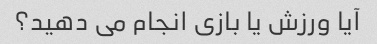
آیا ورزش یا بازی انجام می دهید؟